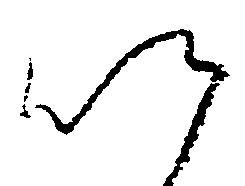
以